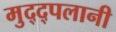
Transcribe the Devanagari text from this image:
मुद्द्पलानी